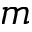
m